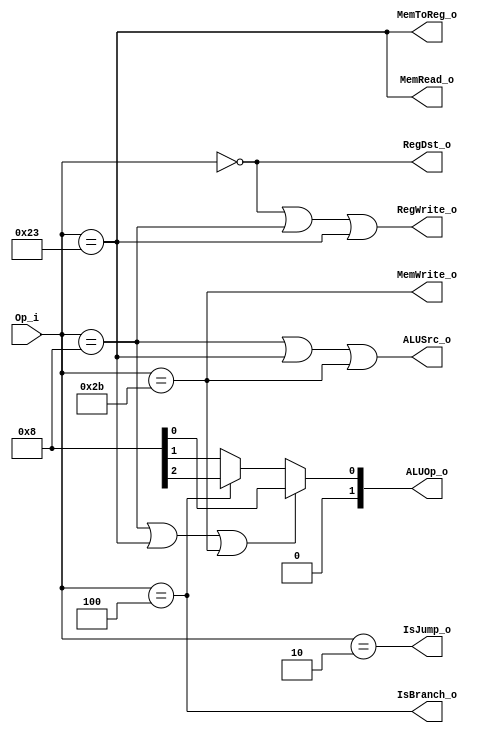
module Control (
  input [5:0] Op_i,
  output RegDst_o,
  output [1:0] ALUOp_o,
  output ALUSrc_o,
  output RegWrite_o,
  output MemToReg_o,
  output MemRead_o,
  output MemWrite_o,
  output IsBranch_o,
  output IsJump_o
);

parameter R_TYPE = 6'b000000; // add, sub, mul, and, or
parameter ADDI= 6'b001000;
parameter LW  = 6'b100011;
parameter SW  = 6'b101011;
parameter BEQ = 6'b000100;
parameter JMP = 6'b000010;

// "don't care" is set to 0
assign RegDst_o = (Op_i == R_TYPE);
assign ALUSrc_o = (Op_i == ADDI) | (Op_i == LW) | (Op_i == SW);
assign MemToReg_o = (Op_i == LW);
assign RegWrite_o = (Op_i == R_TYPE) | (Op_i == ADDI) | (Op_i == LW);
assign MemRead_o = (Op_i == LW);
assign MemWrite_o = (Op_i == SW);
assign IsBranch_o = (Op_i == BEQ);
assign IsJump_o = (Op_i == JMP);

assign ALUOp_o = (
  (Op_i == ADDI || Op_i == LW || Op_i == SW) ? ALU_Control.ADD :
  (Op_i == BEQ) ? ALU_Control.SUB :
  ALU_Control.R_TYPE
);

endmodule